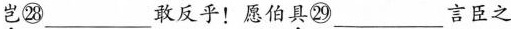
\underset{·}{岂}㉘___敢反乎！愿伯\underset{·}{具}㉙___言臣之